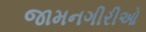
જામનગીરીઓ